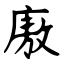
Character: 廒